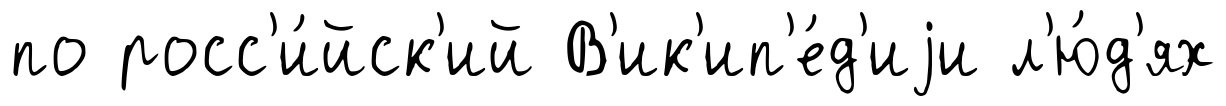
по росс'и́йск'ий В'ик'ип'е́д'иjи л'ю́д'ях